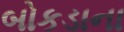
બોકડાના